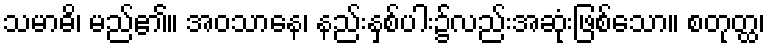
သမာဓိ၊ မည်၏။ အဝသာနေ၊ နည်းနှစ်ပါး၌လည်းအဆုံးဖြစ်သော။ စတုတ္ထ၊